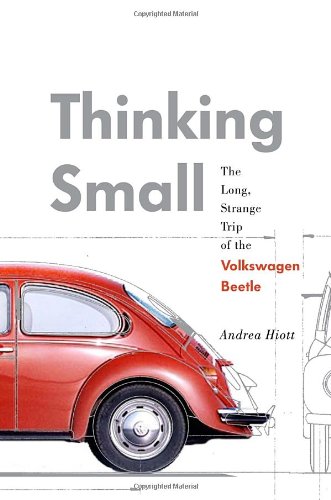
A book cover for Thinking Small: The Long, Strange Trip of the Volkswagen Beetle; Andrea Hiott; Crafts, Hobbies & Home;